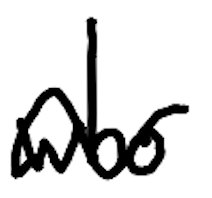
Text: who
Cross-out: wave
Writing tool: digital_black